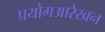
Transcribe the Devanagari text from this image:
प्रयोगआरेखन